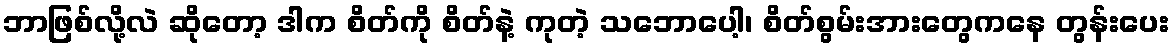
ဘာဖြစ်လို့လဲ ဆိုတော့ ဒါက စိတ်ကို စိတ်နဲ့ ကုတဲ့ သဘောပေါ့၊ စိတ်စွမ်းအားတွေကနေ တွန်းပေး